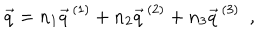
\vec { q } = n _ { 1 } \vec { q } ^ { \, ( 1 ) } + n _ { 2 } \vec { q } ^ { \, ( 2 ) } + n _ { 3 } \vec { q } ^ { \, ( 3 ) } ~ ~ ,